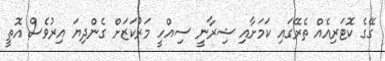
ގޭގެ ކޮޓަރިއެއް ތެރޭގައި ކަމަށާއި ޝިރާނީ ސިއްހީ މަރުކަޒަށް ގެންދިޔަ އިރުވެސް އޮތީ